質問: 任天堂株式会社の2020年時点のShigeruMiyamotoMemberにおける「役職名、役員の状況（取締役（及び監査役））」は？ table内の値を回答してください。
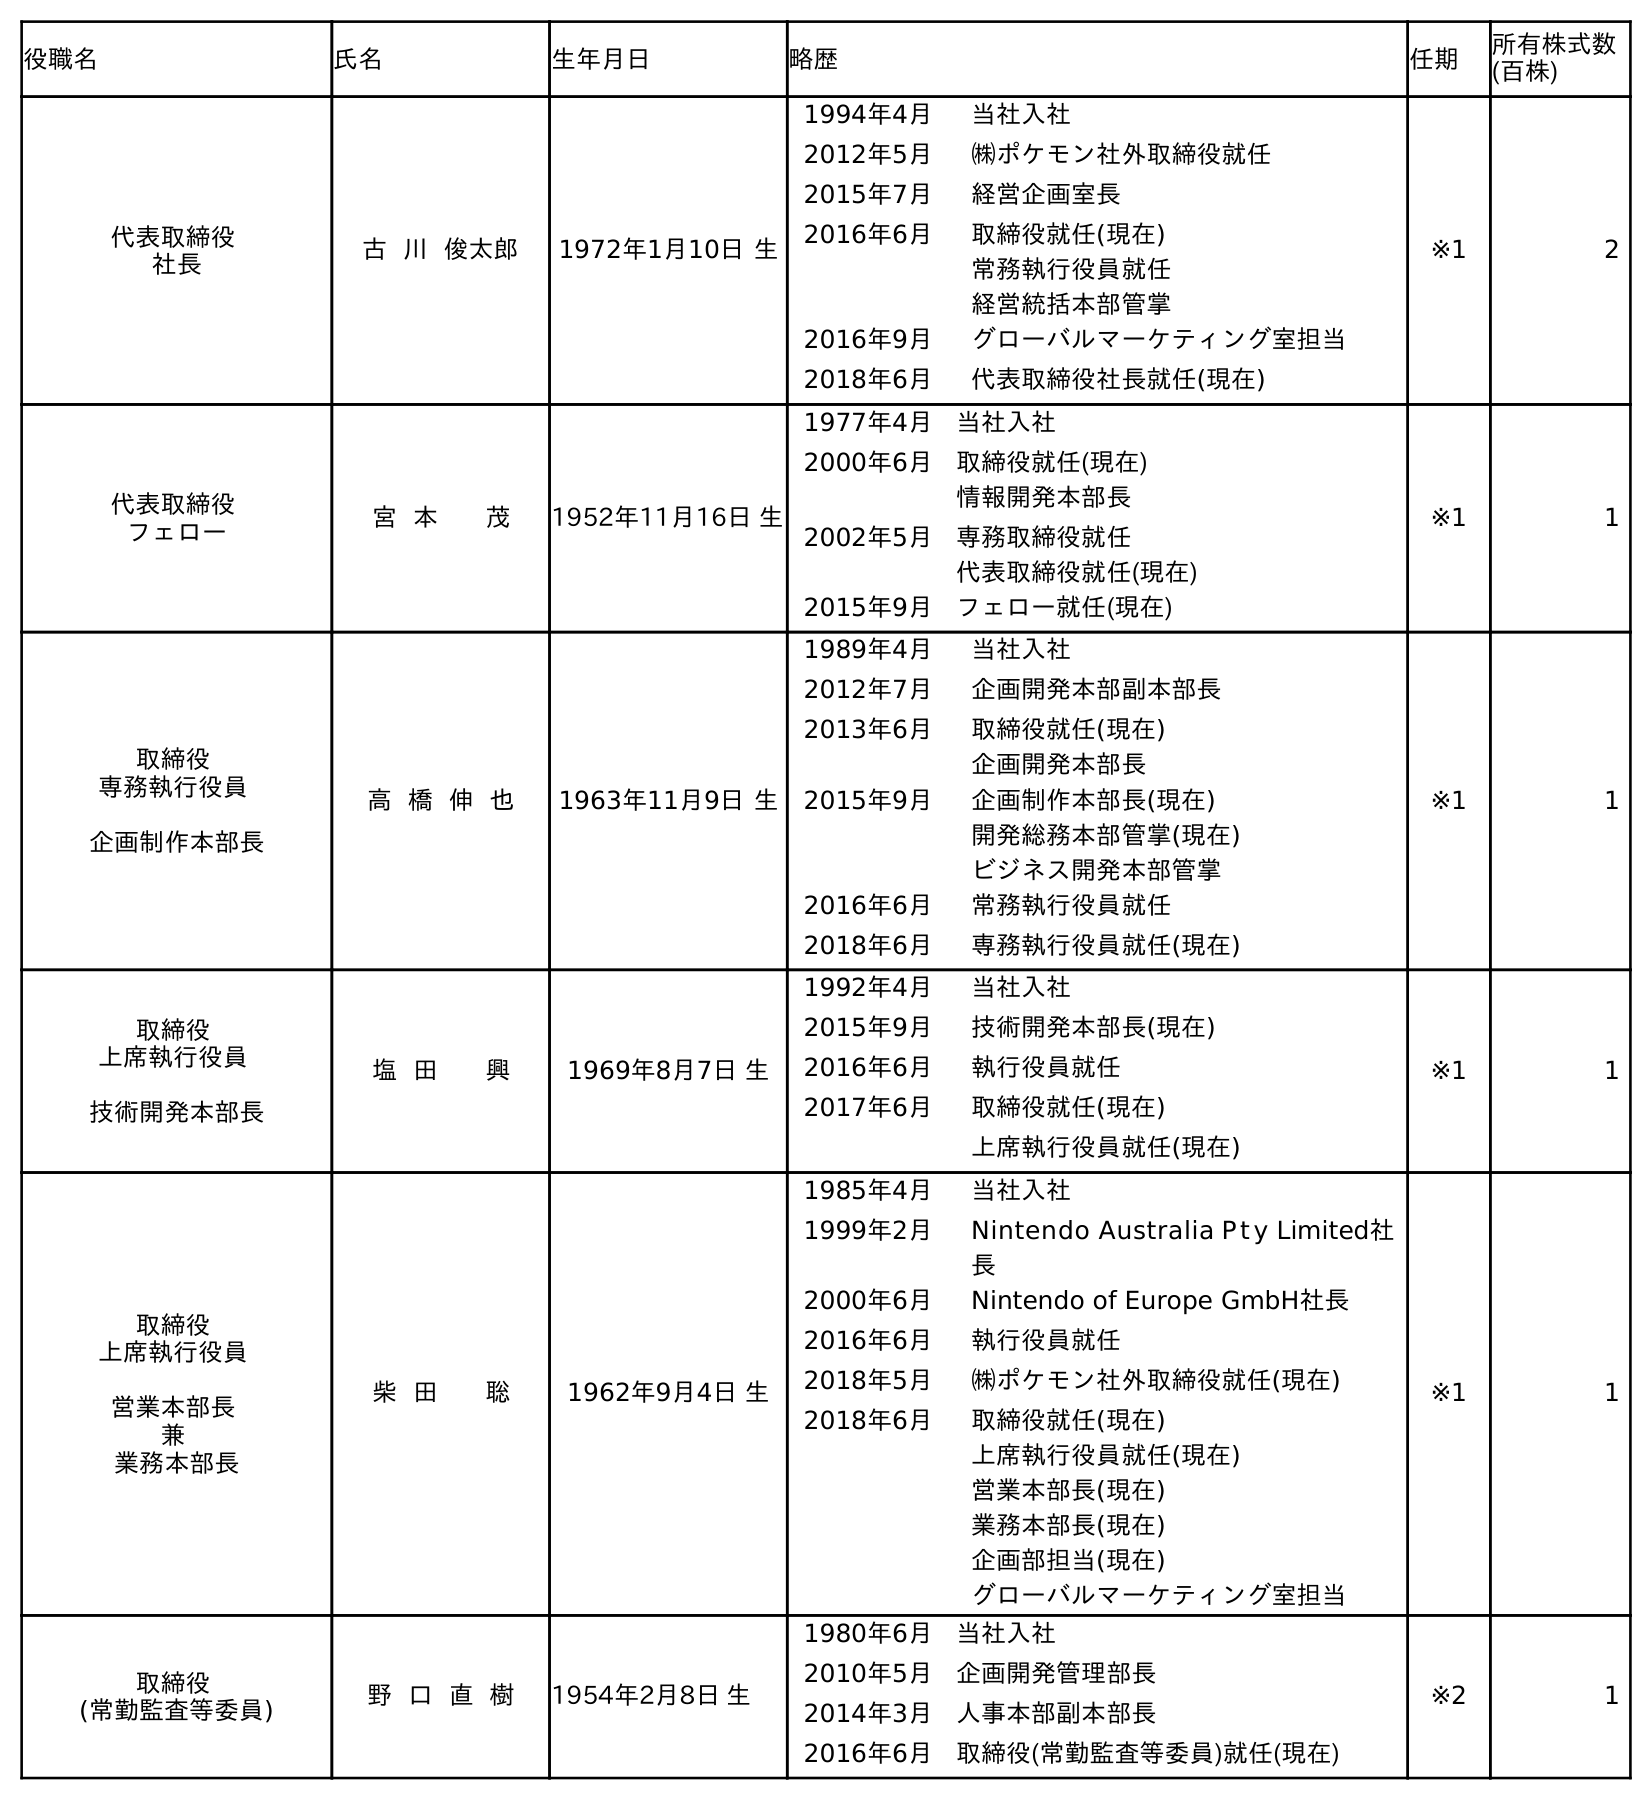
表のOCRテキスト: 役職名 氏名 生年月日 略歴 任期 所有株式数 (百株) 代表取締役 社長 古 川 俊太郎 1972年1月10日 生 1994年4月 当社入社 2012年5月 ㈱ポケモン社外取締役就任 2015年7月 経営企画室長 2016年6月 取締役就任(現在) 常務執行役員就任 経営統括本部管掌 2016年9月 グローバルマーケティング室担当 2018年6月 代表取締役社長就任(現在) ※1 2 代表取締役 フェロー 宮 本 茂 1952年11月16日 生 1977年4月 当社入社 2000年6月 取締役就任(現在) 情報開発本部長 2002年5月 専務取締役就任 代表取締役就任(現在) 2015年9月 フェロー就任(現在) ※1 1 取締役 専務執行役員 企画制作本部長 高 橋 伸 也 1963年11月9日 生 1989年4月 当社入社 2012年7月 企画開発本部副本部長 2013年6月 取締役就任(現在) 企画開発本部長 2015年9月 企画制作本部長(現在) 開発総務本部管掌(現在) ビジネス開発本部管掌 2016年6月 常務執行役員就任 2018年6月 専務執行役員就任(現在) ※1 1 取締役 上席執行役員 技術開発本部長 塩 田 興 1969年8月7日 生 1992年4月 当社入社 2015年9月 技術開発本部長(現在) 2016年6月 執行役員就任 2017年6月 取締役就任(現在) 上席執行役員就任(現在) ※1 1 取締役 上席執行役員 営業本部長 兼 業務本部長 柴 田 聡 1962年9月4日 生 1985年4月 当社入社 1999年2月 Nintendo Australia P t y Limited社 長 2000年6月 Nintendo of Europe GmbH社長 2016年6月 執行役員就任 2018年5月 ㈱ポケモン社外取締役就任(現在) 2018年6月 取締役就任(現在) 上席執行役員就任(現在) 営業本部長(現在) 業務本部長(現在) 企画部担当(現在) グローバルマーケティング室担当 ※1 1 取締役 (常勤監査等委員) 野 口 直 樹 1954年2月8日 生 1980年6月 当社入社 2010年5月 企画開発管理部長 2014年3月 人事本部副本部長 2016年6月 取締役(常勤監査等委員)就任(現在) ※2 1
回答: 代表取締役フェロー